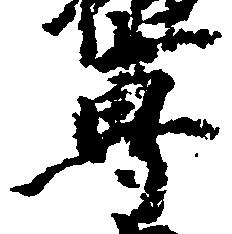
専